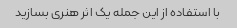
با استفاده از این جمله یک اثر هنری بسازید